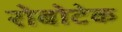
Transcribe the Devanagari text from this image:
रोबोटेक